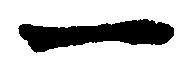
一